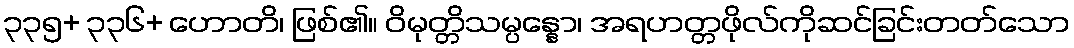
၃၃၅+ ၃၃၆+ ဟောတိ၊ ဖြစ်၏။ ဝိမုတ္တိသမ္ပန္နော၊ အရဟတ္တဖိုလ်ကိုဆင်ခြင်းတတ်သော